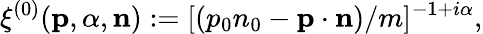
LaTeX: \xi^{(0)}({\mathbf p},{\alpha},{\mathbf n}):=[(p_{0}n_{0}-{\mathbf p}\cdot{\mathbf n})/m]^{-1+i\alpha},